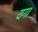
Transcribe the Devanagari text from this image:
यगा